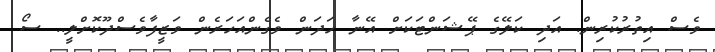
ވެސް އިތުުރުކުރިން. އަދި ކަލޭގެ ޕޭޝަންޓަކަށް އޭނާ ހަދަން ވެގެންއަހަރެން ވަޒީފާވެސްދޫކޮށްލީ.. ސޯ